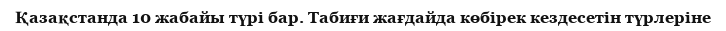
Қазақстанда 10 жабайы түрі бар. Табиғи жағдайда көбірек кездесетін түрлеріне